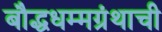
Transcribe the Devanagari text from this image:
बौद्धधम्मग्रंथाची